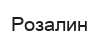
Розалин